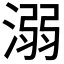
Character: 溺